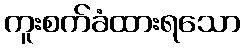
ကူးစက်ခံထားရသော